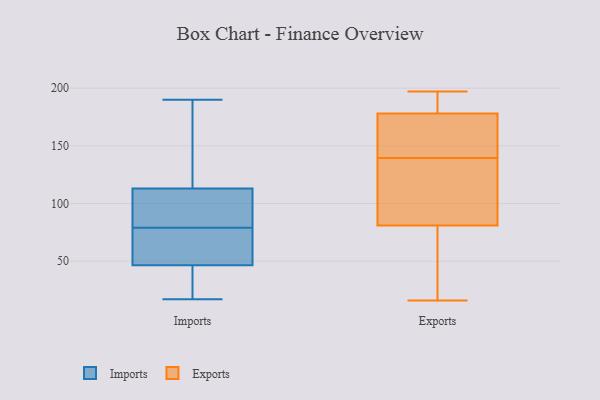
{"axis": {"x": "Conversion Rate (%)", "y": "Value"}, "legend": ["Exports", "Imports"], "data": [{"x": "", "y": 21, "type": "Imports"}, {"x": "", "y": 156, "type": "Imports"}, {"x": "", "y": 109, "type": "Imports"}, {"x": "", "y": 111, "type": "Imports"}, {"x": "", "y": 168, "type": "Imports"}, {"x": "", "y": 71, "type": "Imports"}, {"x": "", "y": 119, "type": "Imports"}, {"x": "", "y": 48, "type": "Imports"}, {"x": "", "y": 17, "type": "Imports"}, {"x": "", "y": 90, "type": "Imports"}, {"x": "", "y": 45, "type": "Imports"}, {"x": "", "y": 47, "type": "Imports"}, {"x": "", "y": 68, "type": "Imports"}, {"x": "", "y": 92, "type": "Imports"}, {"x": "", "y": 38, "type": "Imports"}, {"x": "", "y": 190, "type": "Imports"}, {"x": "", "y": 79, "type": "Imports"}, {"x": "", "y": 189, "type": "Exports"}, {"x": "", "y": 25, "type": "Exports"}, {"x": "", "y": 190, "type": "Exports"}, {"x": "", "y": 134, "type": "Exports"}, {"x": "", "y": 96, "type": "Exports"}, {"x": "", "y": 84, "type": "Exports"}, {"x": "", "y": 174, "type": "Exports"}, {"x": "", "y": 178, "type": "Exports"}, {"x": "", "y": 16, "type": "Exports"}, {"x": "", "y": 55, "type": "Exports"}, {"x": "", "y": 149, "type": "Exports"}, {"x": "", "y": 145, "type": "Exports"}, {"x": "", "y": 158, "type": "Exports"}, {"x": "", "y": 81, "type": "Exports"}, {"x": "", "y": 81, "type": "Exports"}, {"x": "", "y": 197, "type": "Exports"}, {"x": "", "y": 181, "type": "Exports"}, {"x": "", "y": 72, "type": "Exports"}]}